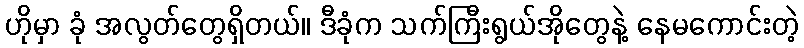
ဟိုမှာ ခုံ အလွတ်တွေရှိတယ်။ ဒီခုံက သက်ကြီးရွယ်အိုတွေနဲ့ နေမကောင်းတဲ့